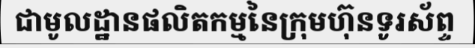
ជាមូលដ្ឋានផលិតកម្មនៃក្រុមហ៊ុនទូរស័ព្ទ